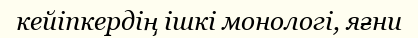
кейіпкердің ішкі монологі, яғни